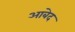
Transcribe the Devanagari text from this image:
अाबेद